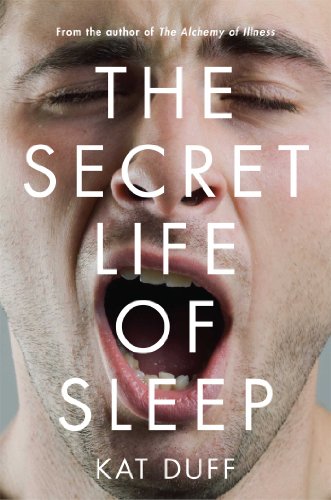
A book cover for The Secret Life of Sleep; Kat Duff; Health, Fitness & Dieting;